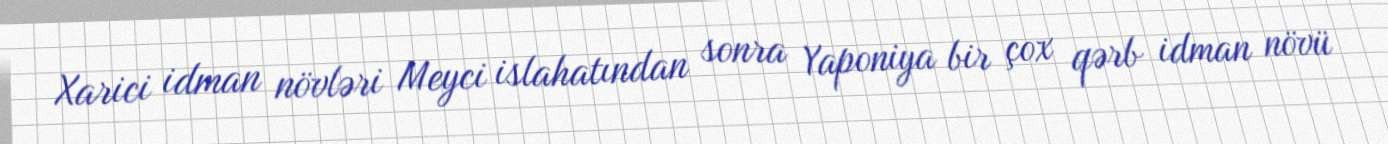
Xarici idman növləri Meyci islahatından sonra Yaponiya bir çox qərb idman növü